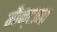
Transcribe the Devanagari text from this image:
मौन्टाना